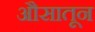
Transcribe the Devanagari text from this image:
औसातून